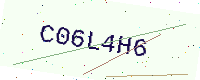
Text: C06L4H6